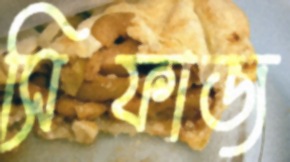
সিফাজ